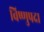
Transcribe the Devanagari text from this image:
विष्‍णुपदा